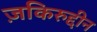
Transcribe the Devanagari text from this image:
ज़किरुद्दीन